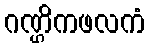
ဂဏ္ဌိကဖလကံ